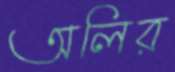
অলির